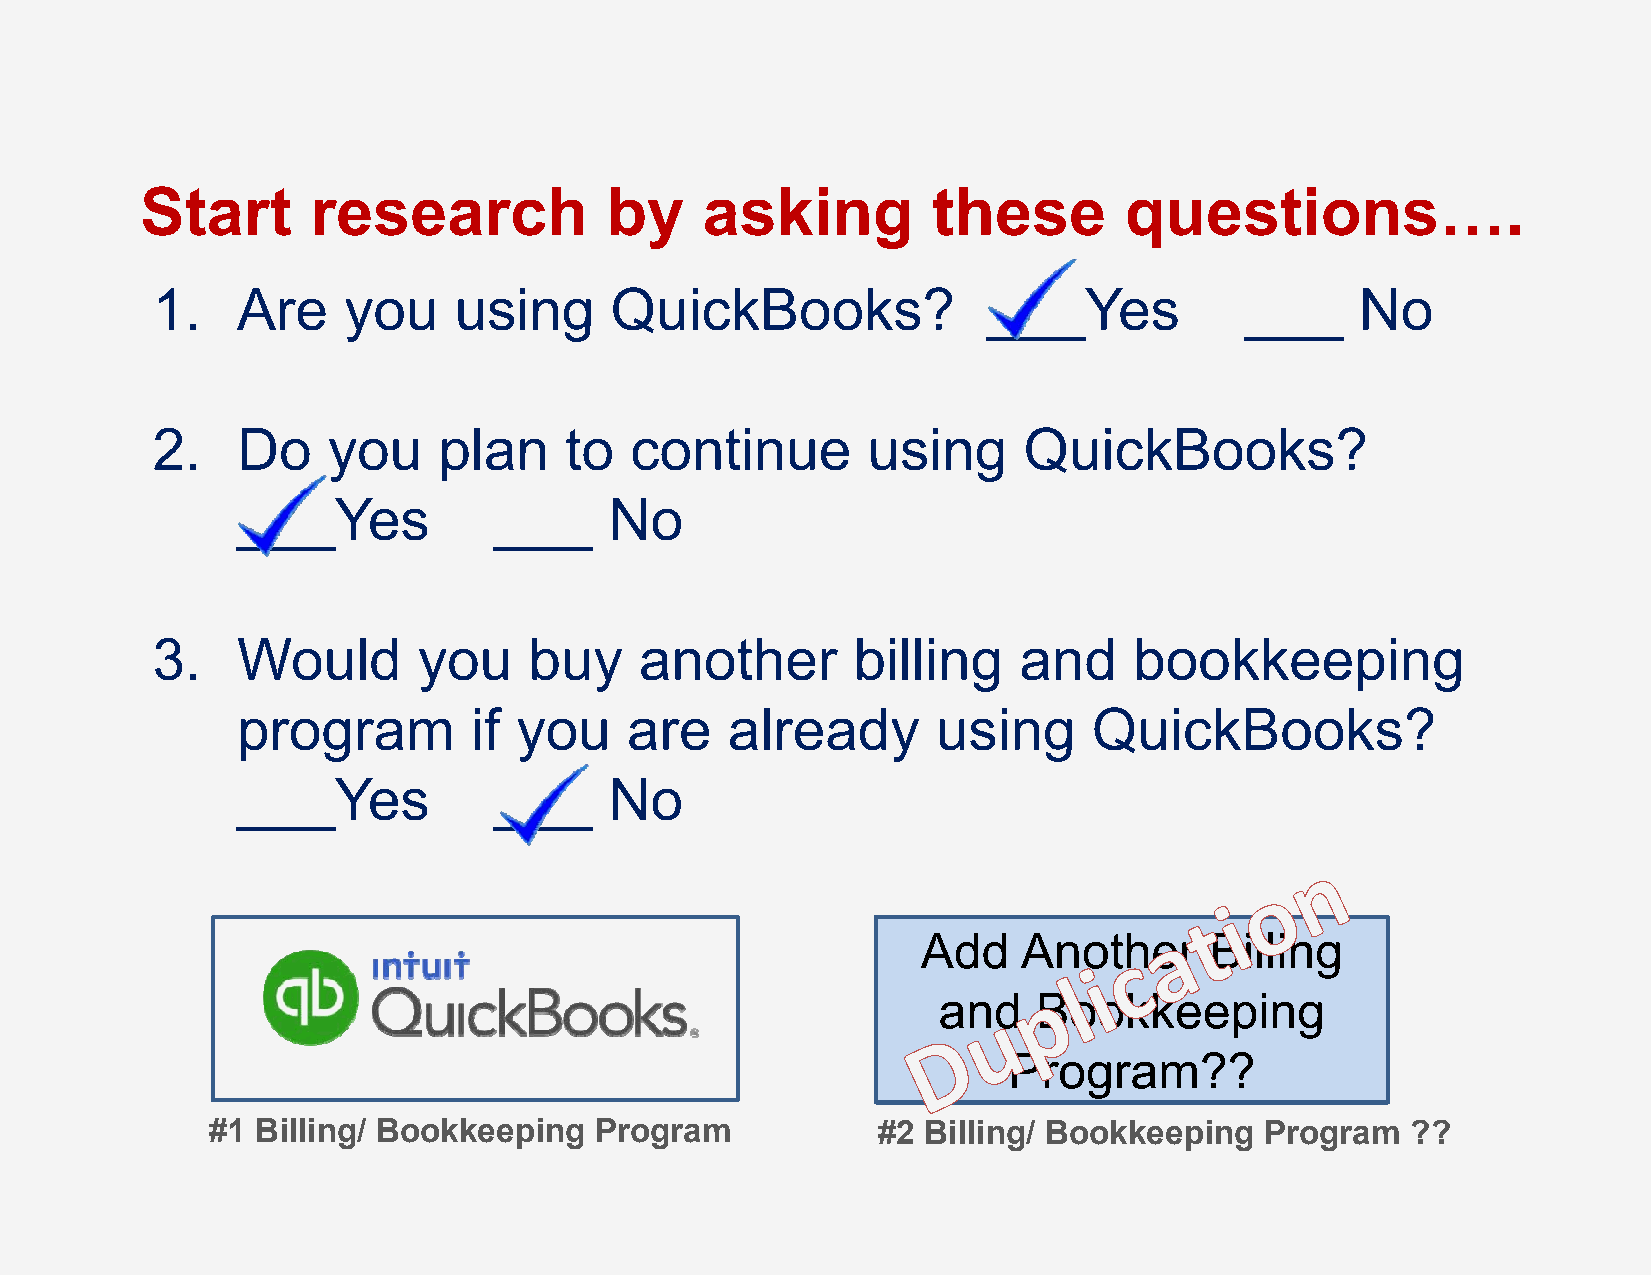
Start       research           by    asking          these       questions….
 1.    Are    you    using     QuickBooks?              ___Yes           ___     No
 2.    Do    you    plan    to   continue       using      QuickBooks?
 ___Yes           ___    No
 3.    Would       you    buy    another       billing    and     bookkeeping
 program        if you    are    already       using     QuickBooks?
 ___Yes           ___    No
 Add    Another     Billing
 and    Bookkeeping
 Program??
 #1 Billing/ Bookkeeping  Program            #2 Billing/ Bookkeeping   Program  ??